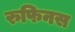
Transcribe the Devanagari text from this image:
रुफिनस